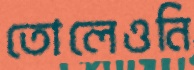
তোলেওনি